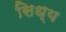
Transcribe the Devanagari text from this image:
सिध्य